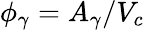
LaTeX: \phi_{\gamma}=A_{\gamma}/V_{c}